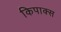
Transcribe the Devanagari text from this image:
किपाक्स